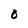
Character: 0